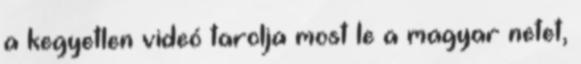
a kegyetlen videó tarolja most le a magyar netet,